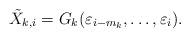
LaTeX: \begin{align*} \tilde X_{k, i} = G_{k}(\varepsilon_{i - m_{k}},\ldots, \varepsilon_i).\end{align*}